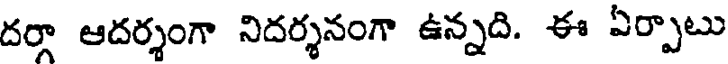
దర్గా ఆదర్శంగా నిదర్శనంగా ఉన్నది. ఈ ఏర్పాటు